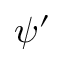
\psi ^ { \prime }